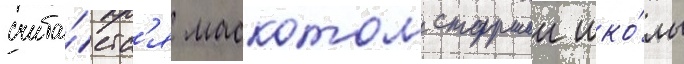
счита́етс'я маскотом старшеи шко́лы